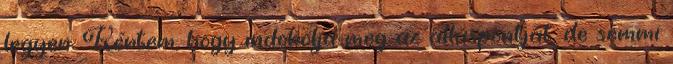
legyen. Kértem, hogy indokolja meg az álláspontját, de semmi